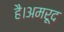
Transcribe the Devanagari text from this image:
है।अमरूद